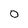
Character: 0